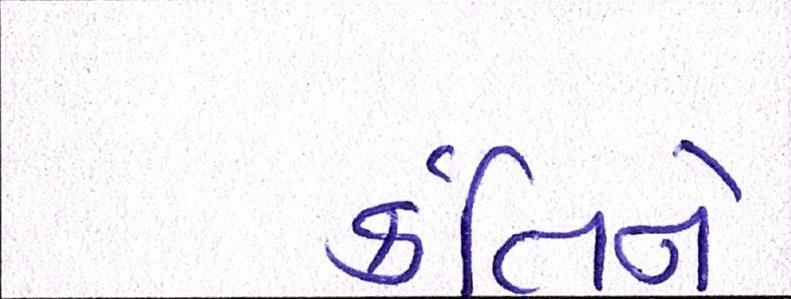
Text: ર્કતિને